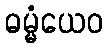
ဓမ္မံယေဝ